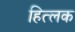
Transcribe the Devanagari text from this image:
हित्लक